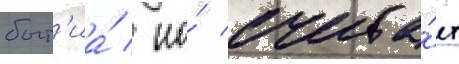
быт'иа́ / но́ счита́ет